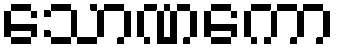
သောဏကော